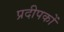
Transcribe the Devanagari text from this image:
प्रदीपकों